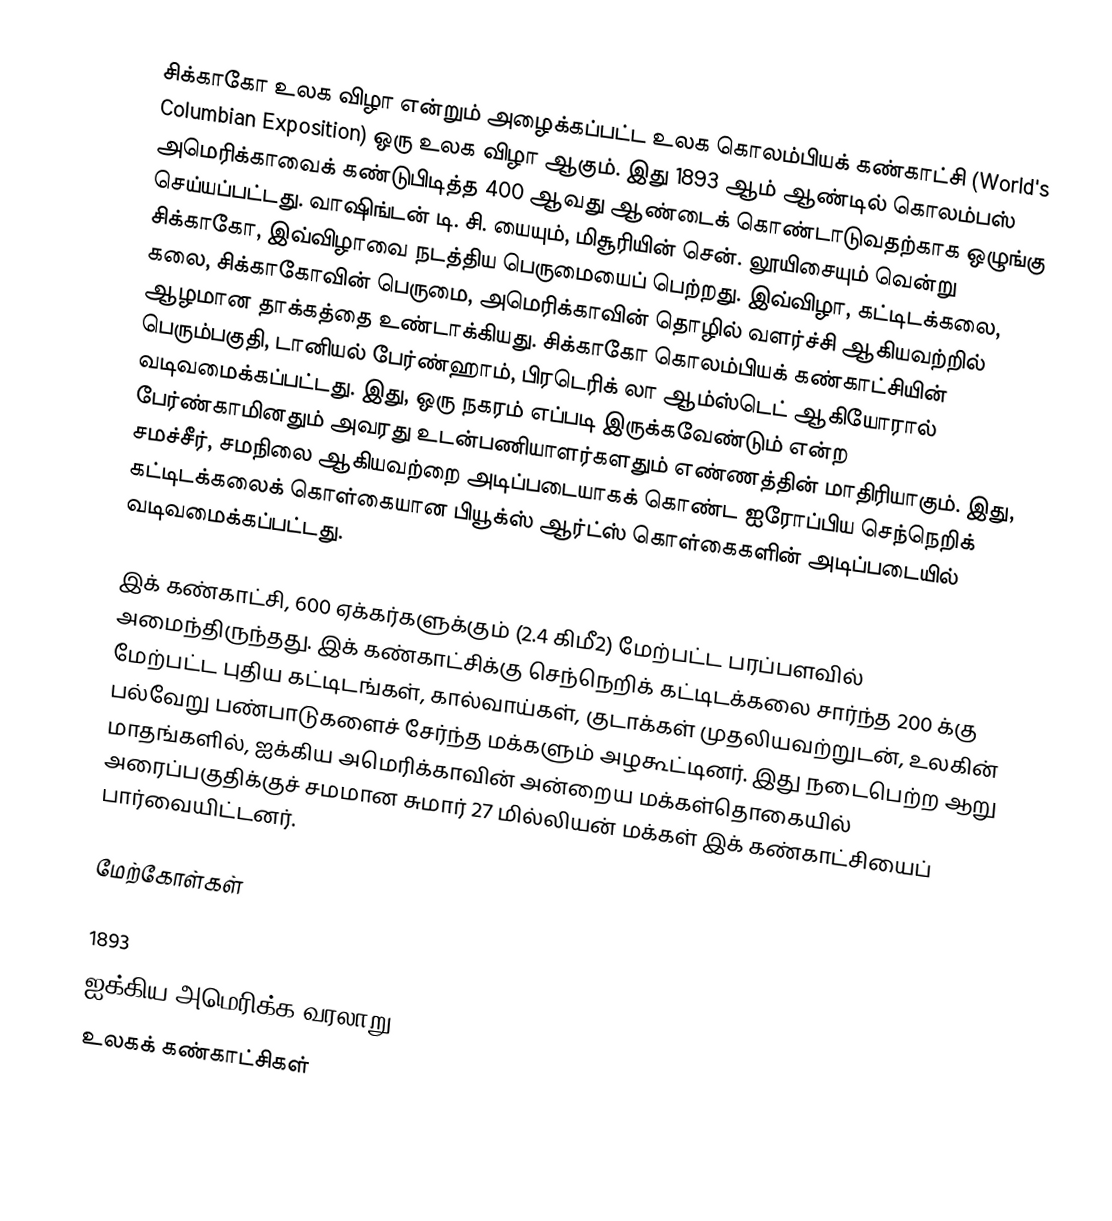
சிக்காகோ உலக விழா என்றும் அழைக்கப்பட்ட உலக கொலம்பியக் கண்காட்சி (World's Columbian Exposition) ஒரு உலக விழா ஆகும். இது 1893 ஆம் ஆண்டில் கொலம்பஸ் அமெரிக்காவைக் கண்டுபிடித்த 400 ஆவது ஆண்டைக் கொண்டாடுவதற்காக ஒழுங்கு செய்யப்பட்டது. வாஷிங்டன் டி. சி. யையும், மிசூரியின் சென். லூயிசையும் வென்று சிக்காகோ, இவ்விழாவை நடத்திய பெருமையைப் பெற்றது. இவ்விழா, கட்டிடக்கலை, கலை, சிக்காகோவின் பெருமை, அமெரிக்காவின் தொழில் வளர்ச்சி ஆகியவற்றில் ஆழமான தாக்கத்தை உண்டாக்கியது. சிக்காகோ கொலம்பியக் கண்காட்சியின் பெரும்பகுதி, டானியல் பேர்ண்ஹாம், பிரடெரிக் லா ஆம்ஸ்டெட் ஆகியோரால் வடிவமைக்கப்பட்டது. இது, ஒரு நகரம் எப்படி இருக்கவேண்டும் என்ற பேர்ண்காமினதும் அவரது உடன்பணியாளர்களதும் எண்ணத்தின் மாதிரியாகும். இது, சமச்சீர், சமநிலை ஆகியவற்றை அடிப்படையாகக் கொண்ட ஐரோப்பிய செந்நெறிக் கட்டிடக்கலைக் கொள்கையான பியூக்ஸ் ஆர்ட்ஸ் கொள்கைகளின் அடிப்படையில் வடிவமைக்கப்பட்டது.

இக் கண்காட்சி, 600 ஏக்கர்களுக்கும் (2.4 கிமீ2) மேற்பட்ட பரப்பளவில் அமைந்திருந்தது. இக் கண்காட்சிக்கு செந்நெறிக் கட்டிடக்கலை சார்ந்த 200 க்கு மேற்பட்ட புதிய கட்டிடங்கள், கால்வாய்கள், குடாக்கள் முதலியவற்றுடன், உலகின் பல்வேறு பண்பாடுகளைச் சேர்ந்த மக்களும் அழகூட்டினர். இது நடைபெற்ற ஆறு மாதங்களில், ஐக்கிய அமெரிக்காவின் அன்றைய மக்கள்தொகையில் அரைப்பகுதிக்குச் சமமான சுமார் 27 மில்லியன் மக்கள் இக் கண்காட்சியைப் பார்வையிட்டனர்.

மேற்கோள்கள்

1893
ஐக்கிய அமெரிக்க வரலாறு
உலகக் கண்காட்சிகள்